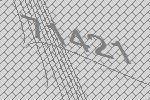
71421